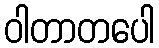
ဝါတာတပေါ